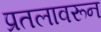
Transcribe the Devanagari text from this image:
प्रतलावरून